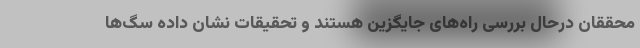
محققان درحال بررسی راه‌های جایگزین هستند و تحقیقات نشان داده سگ‌ها